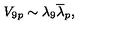
V _ { 9 p } \sim \lambda _ { 9 } { \overline { \lambda } } _ { p } ,